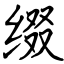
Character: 缀